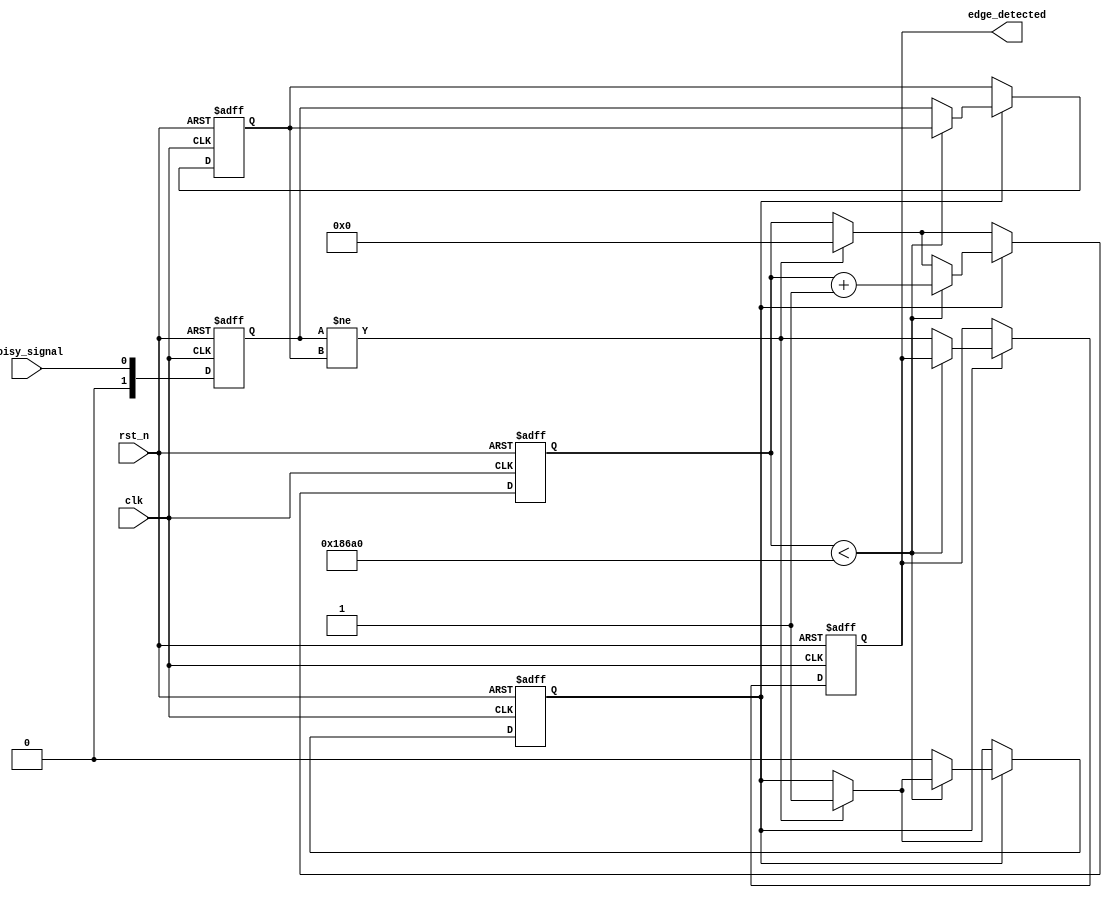
module DebouncedEdgeDetector (
    input wire clk,                // Clock signal
    input wire rst_n,              // Active low reset
    input wire noisy_signal,       // Noisy input signal
    output reg edge_detected       // Output signal indicating a valid edge
);

    parameter DEBOUNCE_TIME = 100000; // Configure debounce time in clock cycles

    reg [1:0] current_state;         // Current state of the input signal
    reg [1:0] previous_state;        // Previous state of the input signal
    reg [19:0] debounce_counter;     // Counter for debounce time
    reg debounce_active;             // Flag to indicate debounce timer is active

    // State encoding
    localparam LOW = 1'b0;
    localparam HIGH = 1'b1;

    // Sequential logic for state updates and debounce counter
    always @(posedge clk or negedge rst_n) begin
        if (!rst_n) begin
            current_state <= LOW;
            previous_state <= LOW;
            debounce_counter <= 0;
            edge_detected <= 0;
            debounce_active <= 0;
        end else begin
            // Update current state
            current_state <= noisy_signal;

            // Edge detection logic
            if (current_state != previous_state) begin
                // State has changed, start debounce timer
                debounce_counter <= 0;
                debounce_active <= 1;
            end

            // Debounce timer logic
            if (debounce_active) begin
                if (debounce_counter < DEBOUNCE_TIME) begin
                    debounce_counter <= debounce_counter + 1;
                end else begin
                    // Debounce period completed, update previous state
                    previous_state <= current_state;
                    edge_detected <= (current_state != previous_state); // Detect edge
                    debounce_active <= 0; // Stop debounce timer
                end
            end
        end
    end

endmodule